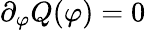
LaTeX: \partial_{\varphi}Q(\varphi)=0